Anatomy and histology of ticks - Number 23
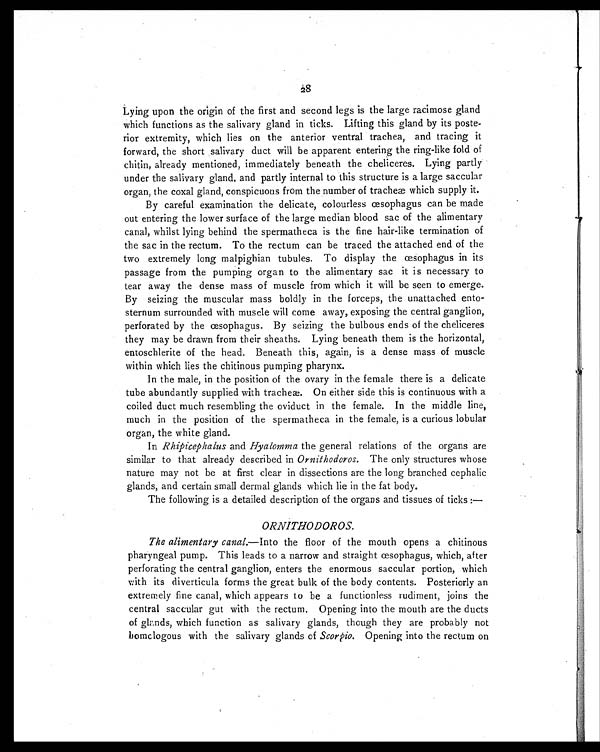
28
Lying upon the origin of the first and second legs is the large racimose gland
which functions as the salivary gland in ticks. Lifting this gland by its poste-
rior extremity, which lies on the anterior ventral trachea, and tracing it
forward, the short salivary duct will be apparent entering the ring-like fold of
chitin, already mentioned, immediately beneath the cheliceres. Lying partly
under the salivary gland, and partly internal to this structure is a large saccular
organ, the coxal gland, conspicuous from the number of tracheæ which supply it.
By careful examination the delicate, colourless œsophagus can be made
out entering the lower surface of the large median blood sac of the alimentary
canal, whilst lying behind the spermatheca is the fine hair-like termination of
the sac in the rectum. To the rectum can be traced the attached end of the
two extremely long malpighian tubules. To display the œsophagus in its
passage from the pumping organ to the alimentary sac it is necessary to
tear away the dense mass of muscle from which it will be seen to emerge.
By seizing the muscular mass boldly in the forceps, the unattached ento-
sternum surrounded with muscle will come away, exposing the central ganglion,
perforated by the œsophagus. By seizing the bulbous ends of the cheliceres
they may be drawn from their sheaths. Lying beneath them is the horizontal,
entoschlerite of the head. Beneath this, again, is a dense mass of muscle
within which lies the chitinous pumping pharynx.
In the male, in the position of the ovary in the female there is a delicate
tube abundantly supplied with tracheæ. On either side this is continuous with a
coiled duct much resembling the oviduct in the female. In the middle line,
much in the position of the spermatheca in the female, is a curious lobular
organ, the white gland.
In Rhipicephalus and Hyalomma the general relations of the organs are
similar to that already described in Ornithodoros. The only structures whose
nature may not be at first clear in dissections are the long branched cephalic
glands, and certain small dermal glands which lie in the fat body.
The following is a detailed description of the organs and tissues of ticks:—
ORNITHODOROS.
The alimentary canal. —Into the floor of the mouth opens a chitinous
pharyngeal pump. This leads to a narrow and straight œsophagus, which, after
perforating the central ganglion, enters the enormous saccular portion, which
with its diverticula forms the great bulk of the body contents. Posteriorly an
extremely fine canal, which appears to be a functionless rudiment, joins the
central saccular gut with the rectum. Opening into the mouth are the ducts
of glands, which function as salivary glands, though they are probably not
homologous with the salivary glands of Scorpio. Opening into the rectum on